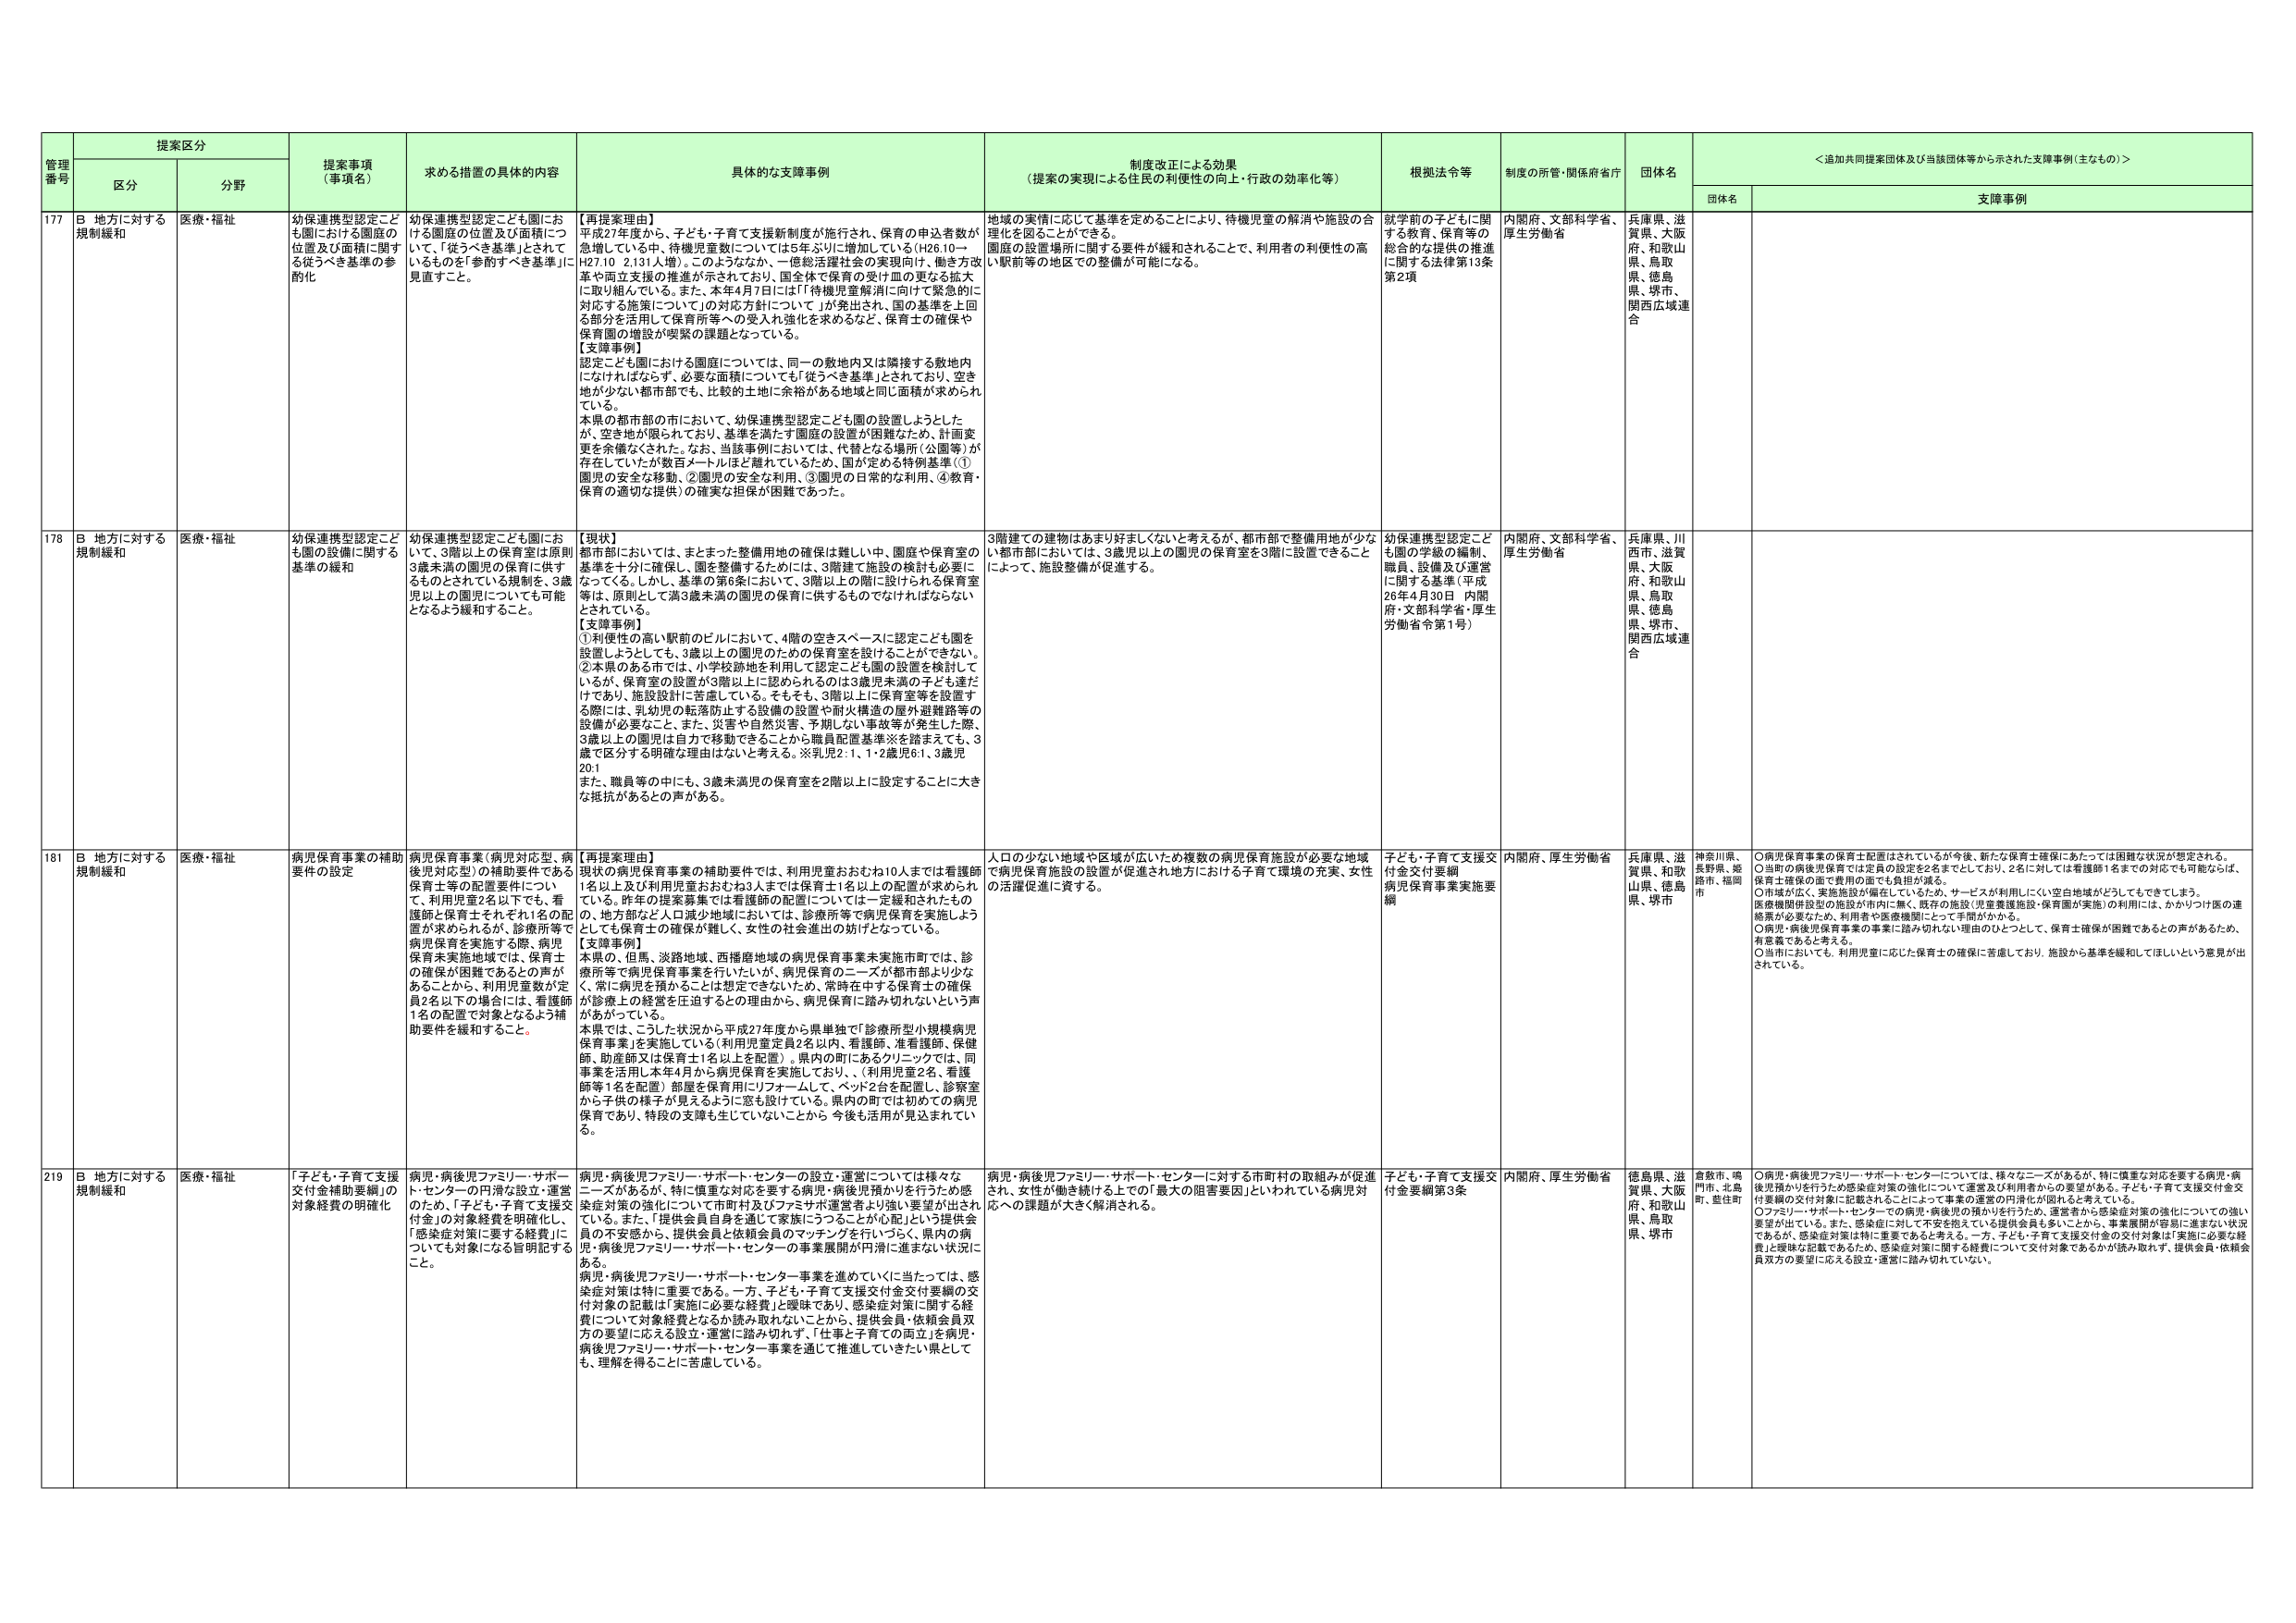
管理番号 提案区分 提案事項（事項名） 求める措置の具体的内容 具体的な支援事例 制度改正による効果（提案の実現による住民の利便性の向上・行政の効率化等） 根拠法令等 制度の所管・関係府省庁 団体名 ＜追加共同提案団体及び当該団体等から示された支援事例（主なもの）＞
区分 分野 団体名 支援事例
177 B 地方に対する規制緩和 医療・福祉 幼保連携型認定こども園における園庭の位置及び面積に関する従うべき基準の見直し 幼保連携型認定こども園における園庭の位置及び面積について、「従うべき基準」とされているものを「参酌すべき基準」に見直すこと。 【再提案理由】 平成27年度から、子ども・子育て支援新制度が施行され、保育の申込者数が急増している中、待機児童数については5年ぶりに増加している（H26.10→H27.10 2,131人増）。このようななか、一億総活躍社会の実現向け、働き方改革や両立支援の推進が示されており、国全体で保育の受け皿の更なる拡大に取り組んでいる。また、本年4月7日には「『待機児童解消に向けて緊急的に対応する施策について』の対応方針について」が発出され、国の基準を上回る部分を活用して保育所等への受入れ強化を求めるなど、保育士の確保や保育園の増設が喫緊の課題となっている。 【支援事例】 認定こども園における園庭については、同一の敷地内又は隣接する敷地内になければならず、必要な面積についてはも「従うべき基準」とされており、空き地が少ない都市部でも、比較的土地上に余裕がある地域と同じ面積が求められている。 本県の都市部の市において、幼保連携型認定こども園の設置しようとしたが、空き地が限られており、基準を満たす園庭の設置が困難なため、計画変更を余儀なくされた。なお、当該事例においては、代替となる場所（公園等）が存在していたが数百メートルほど離れているため、国が定める特例基準（①園児の安全な移動、②園児の安全な利用、③園児の日常的な利用、④教育・保育の適切な提供）の確実な担保が困難であった。 地域の実情に応じて基準を定めることにより、待機児童の解消や施設の合理化を図ることができる。 園庭の設置場所に関する要件が緩和されることで、利用者の利便性の高い駅前等の地区での整備が可能になる。 就学前の子どもに関する教育、保育等の総合的な提供の推進に関する法律第13条第2項 内閣府、文部科学省、厚生労働省 兵庫県、滋賀県、大阪府、和歌山県、鳥取県、徳島県、堺市、関西広域連合
178 B 地方に対する規制緩和 医療・福祉 幼保連携型認定こども園の設備に関する基準の緩和 幼保連携型認定こども園において、3階以上の保育室は原則3歳未満の園児の保育に供するものとされている規制を、3歳児以上の園児についても可能となるよう緩和すること。 【現状】 都市部においては、まともた整備用地の確保は難しい中、園庭や保育室の基準を十分に確保し、園を整備するために、3階建て施設の検討も必要になってくる。しかし、基準の第6条において、3階以上の階に設けられる保育室等は、原則として満3歳未満の園児の保育に供するものでなければならないとされている。 【支援事例】 ①利便性の高い駅前のビルにおいて、4階の空きスペースに認定こども園を設置しようとしても、3歳以上の園児のための保育室を設けることができない。 ②本県のある市では、小学校跡地を利用して認定こども園の設置を検討しているが、保育室の設置が3階以上に認められるのは3歳児未満の子ども達だけであり、施設設計に苦慮している。そもそも、3階以上に保育室等を設置する際には、乳幼児の転落防止する設備の設置や耐火構造の屋外避難路等の設備が必要なこと、また、災害や自然災害、予期しない事故等が発生した際、3歳以上の園児は自由で移動できることから職員配置基準※を踏まえても、3歳で区分する明確な理由はないと考える。※児2：1、1・2歳児6：1、3歳児20：1 また、職員等の中にも、3歳未満児の保育室を2階以上に設定することに大きな抵抗があるとの声がある。 3階建ての建物はあまり好ましくないと考えるが、都市部で整備用地が少ない都市部においては、3歳児以上の園児の保育室を3階に設置できることによって、施設整備が促進する。 幼保連携型認定こども園の学級の編制、職員、設備及び運営に関する基準（平成26年4月30日 内閣府・文部科学省・厚生労働省令第1号） 内閣府、文部科学省、厚生労働省 兵庫県、川西市、滋賀県、大阪府、和歌山県、鳥取県、徳島県、堺市、関西広域連合
181 B 地方に対する規制緩和 医療・福祉 病児保育事業の補助要件の設定 病児保育事業（病児対応型、病後児対応型）の補助要件である保育士等の配置要件について、利用児童2名以下でも、看護師と保育士それぞれ1名の配置が求められるが、診療所等で病児保育を実施する際、病児保育未実施地域では、保育士の確保が困難であるとの声があることから、利用児童数が定員2名以下の場合は、看護師1名の配置で対象となるよう補助要件を緩和すること。 【再提案理由】 現状の病児保育事業の補助要件では、利用児童おおむね10人までは看護師1名および利用児童おおむね3人までは保育士1名以上の配置が求められている。昨年の提案募集では看護師の配置については一定緩和されたものの、地方部など人口減少地域においては、診療所等で病児保育を実施しようとしても保育士の確保が難しく、女性の社会進出の妨げとなっている。 【支援事例】 本県の、但馬、淡路地域、西播磨地域の病児保育事業未実施市町では、診療所等で病児保育事業を行いたいが、病児保育のニーズが都市部より少なく、常に病児を預かることは想定できないため、常時在中する保育士の確保が診療上の経営を圧迫するとの理由から、病児保育に踏み切れないという声があがっている。 本県では、こうした状況から平成27年度から県単独で「診療所型小規模病児保育事業」を実施している（利用児童定員2名以内、看護師、准看護師、保健師、助産師又は保育士1名以上を配置）。県内の町にあるクリニックでは、同事業を活用し本年4月から病児保育を実施しており、、（利用児童2名、看護師等1名を配置）部屋を保育用にリフォームして、ベッド2台を配置し、診察室から子供の様子が見えるように窓も設けている。県内の町では初めての病児保育であり、特段の支援も生じていないことから、今後も活用が見込まれている。 人口の少ない地域や区域が広いため複数の病児保育施設が必要な地域で病児保育施設の設置が促進され地方における子育て環境の充実、女性の活躍促進に資する。 子ども・子育て支援交付金交付要綱 病児保育事業実施要綱 内閣府、厚生労働省 兵庫県、滋賀県、和歌山県、徳島県、堺市 神奈川県、長野県、姫路市、福島市 ○病児保育事業の保育士配置はされているが今後、新たな保育士確保にあたっては困難な状況が想定される。 ○当町の病後児保育では定員の設定を2名までとしており、2名に対しては看護師1名までの対応でも可能ならば、保育士確保の面で費用の面でも負担が減る。 ○市域が広く、実施施設が偏在しているため、サービスが利用しにくい空白地域がどうしてもできてしまう。 医療機関併設型の施設が市内に無く、既存の施設（児童養護施設・保育園が実施）の利用には、かかりつけ医の連絡票が必要なため、利用者や医療機関にとって手間がかかる。 ○病児・病後児保育事業の事業に踏み切れない理由のひとつとして、保育士確保が困難であるとの声があるため、有効策であると考える。 ○当市においても、利用児童に応じた保育士の確保に苦慮しており、施設から基準を緩和してほしいという意見が出されている。
219 B 地方に対する規制緩和 医療・福祉 「子ども・子育て支援交付金補助要綱」の対象経費の明確化 病児・病後児ファミリー・サポート・センターの円滑な設立・運営のため、「子ども・子育て支援交付金」の対象経費を明確化し、「感染症対策に要する経費」についても対象になる旨明記すること。 病児・病後児ファミリー・サポート・センターの設立・運営については様々なニーズがあるが、特に慎重な対応を要する病児・病後児預かりを行うため感染症対策の強化について市町村及びファミリーサポート事業者が強い要望が出されている。また、「提供会員自身を通じて家族にうつることが心配」という提供会員の不安感から、提供会員と依頼会員のマッチングを行いづらく、県内の病児・病後児ファミリー・サポート・センターの事業展開が円滑に進まない状況にある。 病児・病後児ファミリー・サポート・センター事業を進めていくに当たっては、感染症対策は特に重要である。一方、子ども・子育て支援交付金交付要綱の交付対象の記載は「実施に必要な経費」と曖昧であり、感染症対策に関する経費について対象経費となるか読み取れないことから、提供会員・依頼会員双方の要望に応える設立・運営に踏み切れず、「仕事と子育ての両立」を病児・病後児ファミリー・サポート・センター事業を通じて推進していきたい県としても、理解を得ることに苦慮している。 病児・病後児ファミリー・サポート・センターに対する市町村の取組みが促進され、女性が働き続ける上での「最大の阻害要因」といわれている病児対応への課題が大きく解消される。 子ども・子育て支援交付金要綱第3条 内閣府、厚生労働省 徳島県、滋賀県、大阪府、和歌山県、鳥取県、堺市 倉敷市、鳴門市、北島町、藍住町 ○病児・病後児ファミリー・サポート・センターについては、様々なニーズがあるが、特に慎重な対応を要する病児・病後児預かりを行うため感染症対策の強化について運営及び利用者からの要望がある。子ども・子育て支援交付金交付要綱の交付対象に記載されることによって事業の運営の円滑化が図れると考えている。 ○ファミリー・サポート・センターでの病児・病後児の預かりを行うため、運営者から感染症対策の強化についての強い要望が出ている。また、感染症に対して不安を抱えている提供会員も多いことから、事業展開が容易に進まない状況であるが、感染症対策は特に重要であると考える。一方、子ども・子育て支援交付金の交付対象は「実施に必要な経費」と曖昧な記載であるため、感染症対策に関する経費について交付対象であるかが読み取れず、提供会員・依頼会員双方の要望に応える設立・運営に踏み切れていない。